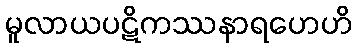
မူလာယပဋိကဿနာရဟေဟိ